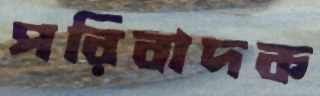
পরিবাদক